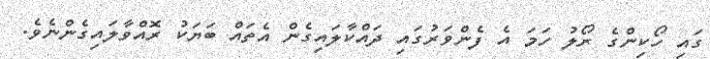
ގައި ހޯކިންގެ ރޯލު ހަމަ އެ ފެންވަރުގައި ދައްކާލައިގެން އެތައް ބަޔަކު ރޮއްވާލައިގެންނެވެ.